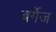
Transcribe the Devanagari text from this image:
बर्गेज